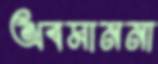
অবমাননা